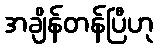
အချိန်တန်ပြီဟု